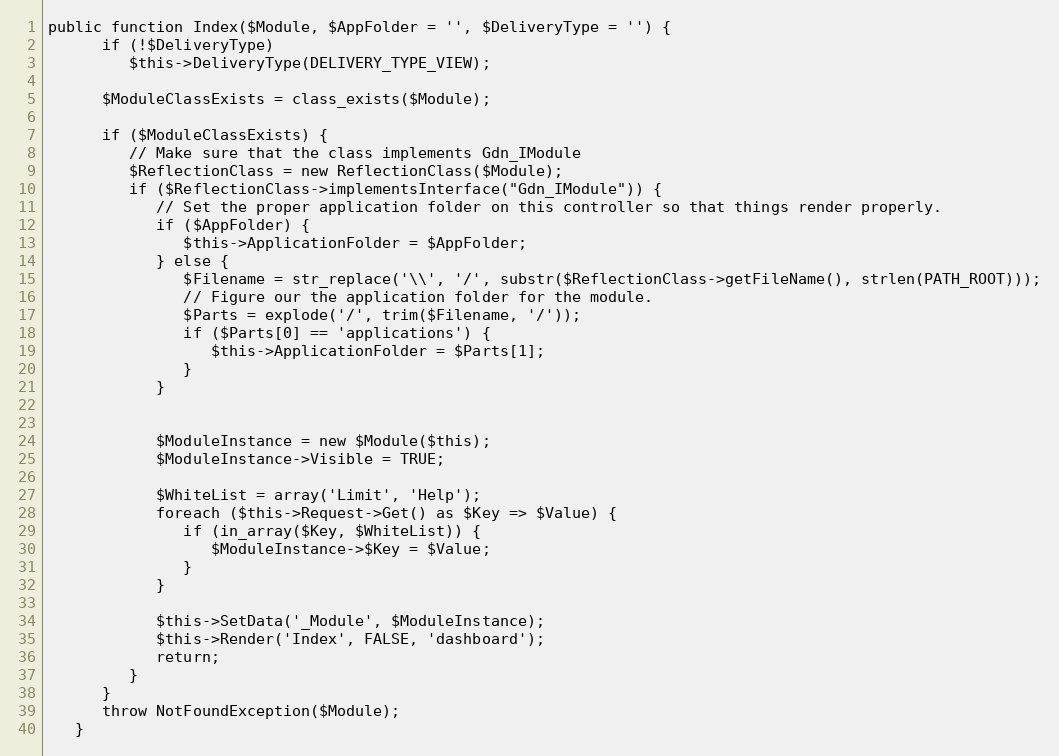
Language: PHP
public function Index($Module, $AppFolder = '', $DeliveryType = '') {
      if (!$DeliveryType)
         $this->DeliveryType(DELIVERY_TYPE_VIEW);

      $ModuleClassExists = class_exists($Module);

      if ($ModuleClassExists) {
         // Make sure that the class implements Gdn_IModule
         $ReflectionClass = new ReflectionClass($Module);
         if ($ReflectionClass->implementsInterface("Gdn_IModule")) {
            // Set the proper application folder on this controller so that things render properly.
            if ($AppFolder) {
               $this->ApplicationFolder = $AppFolder;
            } else {
               $Filename = str_replace('\\', '/', substr($ReflectionClass->getFileName(), strlen(PATH_ROOT)));
               // Figure our the application folder for the module.
               $Parts = explode('/', trim($Filename, '/'));
               if ($Parts[0] == 'applications') {
                  $this->ApplicationFolder = $Parts[1];
               }
            }

            $ModuleInstance = new $Module($this);
            $ModuleInstance->Visible = TRUE;

            $WhiteList = array('Limit', 'Help');
            foreach ($this->Request->Get() as $Key => $Value) {
               if (in_array($Key, $WhiteList)) {
                  $ModuleInstance->$Key = $Value;
               }
            }

            $this->SetData('_Module', $ModuleInstance);
            $this->Render('Index', FALSE, 'dashboard');
            return;
         }
      }
      throw NotFoundException($Module);
   }